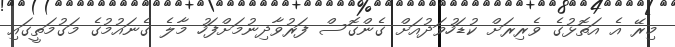
މިރޭ އެ އަތޮޅުގެ ވެރިރަށް ކުޑަހުވަދުއަށް ގެންގޮސް ފަރުވާދިނުމަށްފަހު މާލެ ގެނައުމުގެ މަގުމަތީގައި